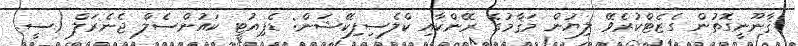
ޤާނޫނީގޮތުން ގެޒެޓްކުރެވޭ ލިޔުން މަޤާމުގެ ރޭންކާއި ކްލެސިފިކޭޝަން: ޑެޕިއުޓީ ކައުންސެލް ޖެނެރަލް (ސީ.